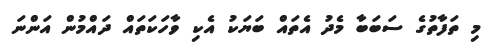
މި ތަފާތުގެ ސަބަބާ މެދު އެތައް ބަޔަކު އެކި ވާހަކަތައް ދައްމުން އަންނަ